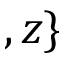
, z \}